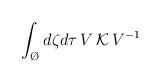
LaTeX: \begin{align*}\int_{\O} d\zeta d\tau \, V\, {\cal K}\, V^{-1}\end{align*}